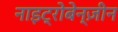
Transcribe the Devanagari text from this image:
नाइट्रोबेन्ज़ीन